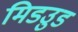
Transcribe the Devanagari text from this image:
मिडउुड